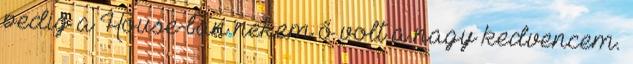
pedig a House-ban nekem ő volt a nagy kedvencem.